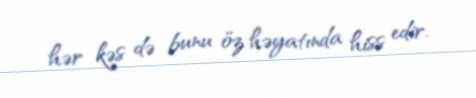
hər kəs də bunu öz həyatında hiss edir.